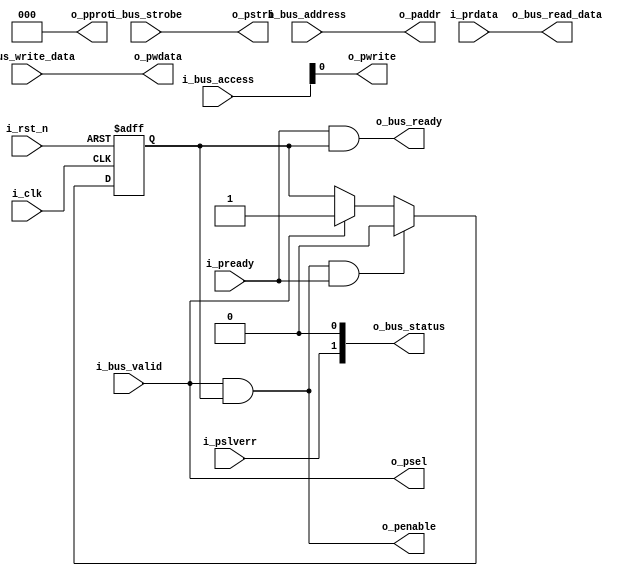
module rggen_apb_bridge #(
  parameter ADDRESS_WIDTH = 8,
  parameter BUS_WIDTH     = 32
)(
  input                             i_clk,
  input                             i_rst_n,
  input                             i_bus_valid,
  input   [1:0]                     i_bus_access,
  input   [ADDRESS_WIDTH-1:0]       i_bus_address,
  input   [BUS_WIDTH-1:0]           i_bus_write_data,
  input   [BUS_WIDTH/8-1:0]         i_bus_strobe,
  output                            o_bus_ready,
  output  [1:0]                     o_bus_status,
  output  [BUS_WIDTH-1:0]           o_bus_read_data,
  output                            o_psel,
  output                            o_penable,
  output  [ADDRESS_WIDTH-1:0]       o_paddr,
  output  [2:0]                     o_pprot,
  output                            o_pwrite,
  output  [BUS_WIDTH/8-1:0]         o_pstrb,
  output  [BUS_WIDTH-1:0]           o_pwdata,
  input                             i_pready,
  input   [BUS_WIDTH-1:0]           i_prdata,
  input                             i_pslverr
);
  reg   r_busy;
  wire  w_psel;
  wire  w_penble;

  //  Request
  assign  w_psel    = i_bus_valid;
  assign  w_penble  = i_bus_valid && r_busy;
  assign  o_psel    = w_psel;
  assign  o_penable = w_penble;
  assign  o_paddr   = i_bus_address;
  assign  o_pprot   = 3'b000;
  assign  o_pwrite  = i_bus_access[0];
  assign  o_pstrb   = i_bus_strobe;
  assign  o_pwdata  = i_bus_write_data;

  //  Response
  assign  o_bus_ready     = i_pready && r_busy;
  assign  o_bus_status    = {i_pslverr, 1'b0};
  assign  o_bus_read_data = i_prdata;

  always @(posedge i_clk or negedge i_rst_n) begin
    if (!i_rst_n) begin
      r_busy  <= 1'b0;
    end
    else if (w_penble && i_pready) begin
      r_busy  <= 1'b0;
    end
    else if (w_psel) begin
      r_busy  <= 1'b1;
    end
  end
endmodule